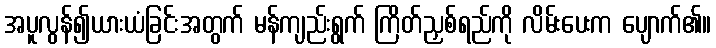
အပူလွန်၍ယားယံခြင်းအတွက် မန်ကျည်းရွက် ကြိတ်ညှစ်ရည်ကို လိမ်းပေးက ပျောက်၏။